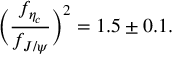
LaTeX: \Bigl ( { \frac { f _ { \eta _ { c } } } { f _ { J / \psi } } } \Bigr ) ^ { 2 } = 1 . 5 \pm 0 . 1 .